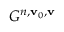
G ^ { n , \mathbf { v } _ { 0 } , \mathbf { v } }